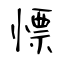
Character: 慓